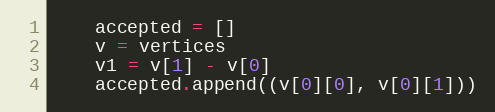
Language: Python
    accepted = []
    v = vertices
    v1 = v[1] - v[0]
    accepted.append((v[0][0], v[0][1]))